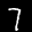
Label: 7